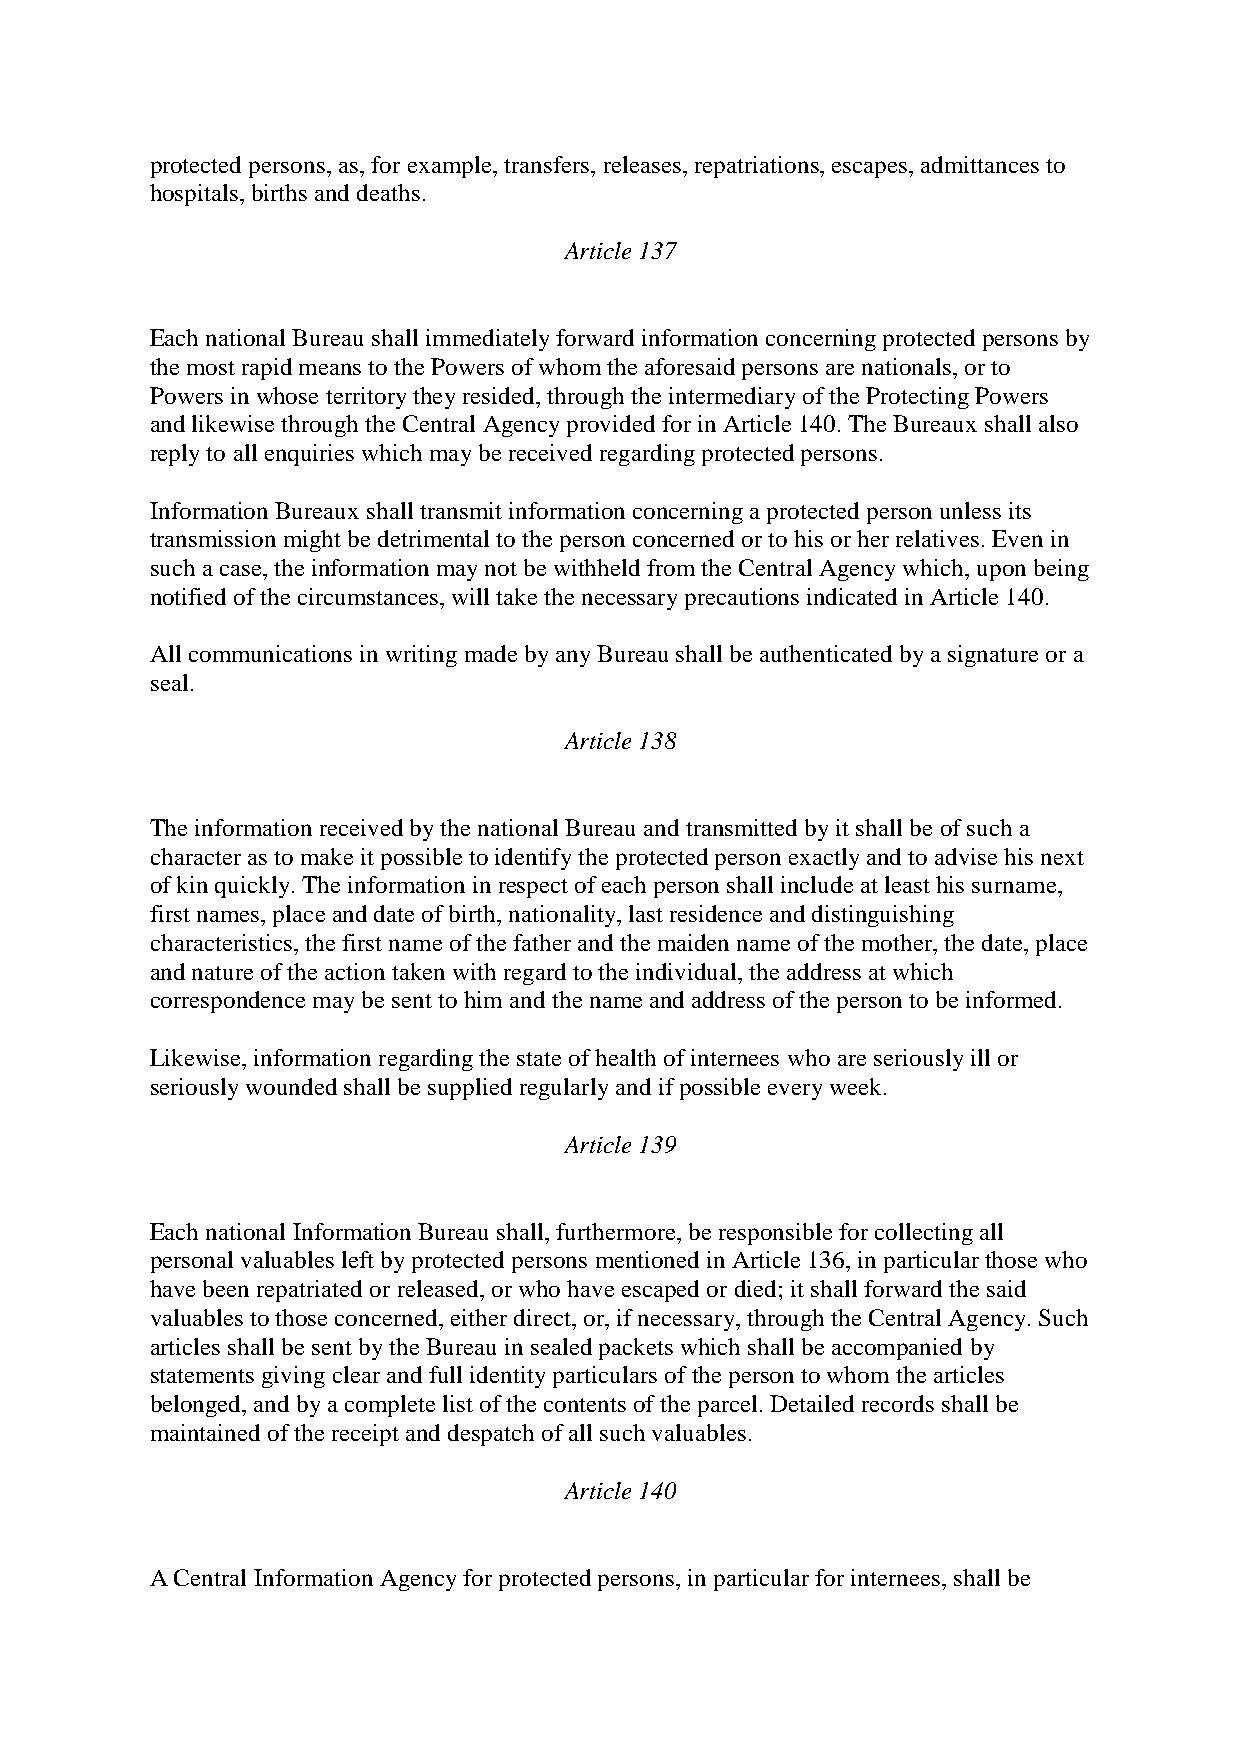
protected persons, as, for example, transfers, releases, repatriations, escapes, admittances to
 hospitals, births and deaths.
 Article 137
 Each national Bureau shall immediately forward information concerning protected persons by
 the most rapid means to the Powers of whom the aforesaid persons are nationals, or to
 Powers in whose territory they resided, through the intermediary of the Protecting Powers
 and likewise through the Central Agency provided for in Article 140. The Bureaux shall also
 reply to all enquiries which may be received regarding protected persons.
 Information Bureaux shall transmit information concerning a protected person unless its
 transmission might be detrimental to the person concerned or to his or her relatives. Even in
 such a case, the information may not be withheld from the Central Agency which, upon being
 notified of the circumstances, will take the necessary precautions indicated in Article 140.
 All communications in writing made by any Bureau shall be authenticated by a signature or a
 seal.
 Article 138
 The information received by the national Bureau and transmitted by it shall be of such a
 character as to make it possible to identify the protected person exactly and to advise his next
 of kin quickly. The information in respect of each person shall include at least his surname,
 first names, place and date of birth, nationality, last residence and distinguishing
 characteristics, the first name of the father and the maiden name of the mother, the date, place
 and nature of the action taken with regard to the individual, the address at which
 correspondence may be sent to him and the name and address of the person to be informed.
 Likewise, information regarding the state of health of internees who are seriously ill or
 seriously wounded shall be supplied regularly and if possible every week.
 Article 139
 Each national Information Bureau shall, furthermore, be responsible for collecting all
 personal valuables left by protected persons mentioned in Article 136, in particular those who
 have been repatriated or released, or who have escaped or died; it shall forward the said
 valuables to those concerned, either direct, or, if necessary, through the Central Agency. Such
 articles shall be sent by the Bureau in sealed packets which shall be accompanied by
 statements giving clear and full identity particulars of the person to whom the articles
 belonged, and by a complete list of the contents of the parcel. Detailed records shall be
 maintained of the receipt and despatch of all such valuables.
 Article 140
 A Central Information Agency for protected persons, in particular for internees, shall be